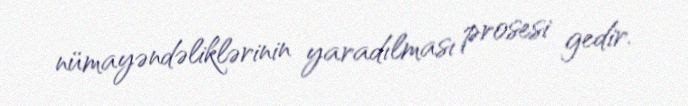
nümayəndəliklərinin yaradılması prosesi gedir.